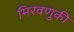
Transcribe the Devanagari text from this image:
मिरवणुकी